Annual administration report of the Civil Veterinary Department of India - 1894-1895
Year: 1894
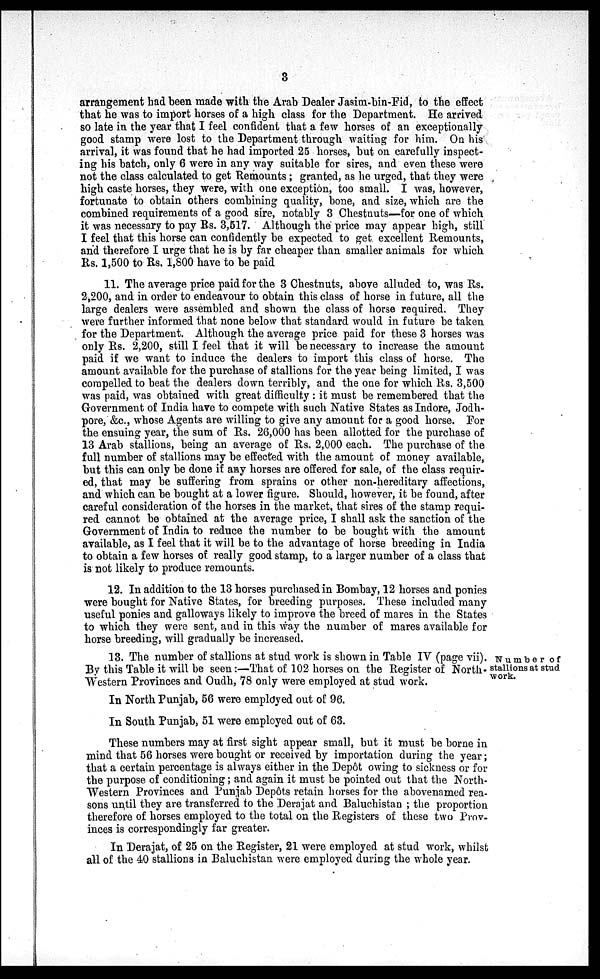
3
arrangement had been made with the Arab Dealer Jasim-bin-Fid, to the effect
that he was to import horses of a high class for the Department. He arrived
so late in the year that I feel confident that a few horses of an exceptionally
good stamp were lost to the Department through waiting for him. On his
arrival, it was found that he had imported 25 horses, but on carefully inspect-
ing his batch, only 6 were in any way suitable for sires, and even these were
not the class calculated to get Remounts; granted, as he urged, that they were
high caste horses, they were, with one exception, too small. I was, however,
fortunate to obtain others combining quality, bone, and size, which are the
combined requirements of a good sire, notably 3 Chestnuts—for one of which
it was necessary to pay Rs. 3,517. Although the price may appear high, still
I feel that this horse can confidently be expected to get excellent Remounts,
and therefore I urge that he is by far cheaper than smaller animals for which
Rs. 1,500 to Rs. 1,800 have to be paid
11. The average price paid for the 3 Chestnuts, above alluded to, was Rs.
2,200, and in order to endeavour to obtain this class of horse in future, all the
large dealers were assembled and shown the class of horse required. They
were further informed that none below that standard would in future be taken
for the Department. Although the average price paid for these 3 horses was
only Rs. 2,200, still I feel that it will be necessary to increase the amount
paid if we want to induce the dealers to import this class of horse. The
amount available for the purchase of stallions for the year being limited, I was
compelled to beat the dealers down terribly, and the one for which Rs. 3,500
was paid, was obtained with great difficulty: it must be remembered that the
Government of India have to compete with such Native States as Indore, Jodh-
pore, &c., whose Agents are willing to give any amount for a good horse. For
the ensuing year, the sum of Rs. 26,000 has been allotted for the purchase of
13 Arab stallions, being an average of Rs. 2,000 each. The purchase of the
full number of stallions may be effected with the amount of money available,
but this can only be done if any horses are offered for sale, of the class requir-
ed, that may be suffering from sprains or other non-hereditary affections,
and which can be bought at a lower figure. Should, however, it be found, after
careful consideration of the horses in the market, that sires of the stamp requi-
red cannot be obtained at the average price, I shall ask the sanction of the
Government of India to reduce the number to be bought with the amount
available, as I feel that it will be to the advantage of horse breeding in India
to obtain a few horses of really good stamp, to a larger number of a class that
is not likely to produce remounts.
12. In addition to the 13 horses purchased in Bombay, 12 horses and ponies
were bought for Native States, for breeding purposes. These included many
useful ponies and galloways likely to improve the breed of mares in the States
to which they were sent, and in this way the number of mares available for
horse breeding, will gradually be increased.
Number of
stallions at stud
work.
13. The number of stallions at stud work is shown in Table IV (page vii).
By this Table it will be seen:—That of 102 horses on the Register of North-
Western Provinces and Oudh, 78 only were employed at stud work.
In North Punjab, 56 were employed out of 96.
In South Punjab, 51 were employed out of 63.
These numbers may at first sight appear small, but it must be borne in
mind that 56 horses were bought or received by importation during the year;
that a certain percentage is always either in the Depôt owing to sickness or for
the purpose of conditioning; and again it must be pointed out that the North-
Western Provinces and Punjab Depôts retain horses for the abovenamed rea-
sons until they are transferred to the Derajat and Baluchistan; the proportion
therefore of horses employed to the total on the Registers of these two Prov-
inces is correspondingly far greater.
In Derajat, of 25 on the Register, 21 were employed at stud work, whilst
all of the 40 stallions in Baluchistan were employed during the whole year.